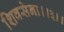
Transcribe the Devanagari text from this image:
शिवसेना।।३।।